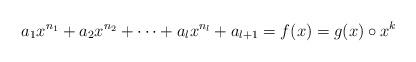
LaTeX: \begin{align*}a_1x^{n_1}+a_2x^{n_2}+\cdots+a_lx^{n_l}+a_{l+1}=f(x)=g(x)\circ x^k\end{align*}